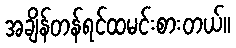
အချိန်တန်ရင်ထမင်းစားတယ်။